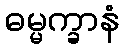
ဓမ္မက္ခာနံ